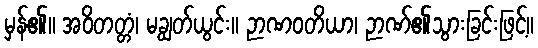
မှန်၏။ အဝိတတ္တံ၊ မချွတ်ယွင်း။ ဉာဏဝတိယာ၊ ဉာဏ်၏သွားခြင်းဖြင့်။